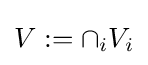
V:=\cap _{i}V_{i}